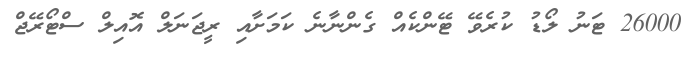
26000 ޓަނު ލޯޑު ކުރެވޭ ޓޭންކެއް ގެންނާނެ ކަމަށާއި ރީޖަނަލް އޮއިލް ސްޓޯރޭޖް